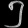
Digit: ၅